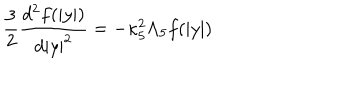
LaTeX: { \frac { 3 } { 2 } } { \frac { d ^ { 2 } f ( | y | ) } { d | y | ^ { 2 } } } = - \kappa _ { 5 } ^ { 2 } \Lambda _ { 5 } f ( | y | )